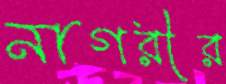
নাগরীর